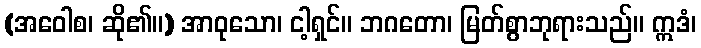
(အဝေါစ၊ ဆို၏။) အာဝုသော၊ ငါ့ရှင်။ ဘဂတော၊ မြတ်စွာဘုရားသည်။ ဣဒံ၊